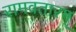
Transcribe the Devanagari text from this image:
रामवतारम्‌